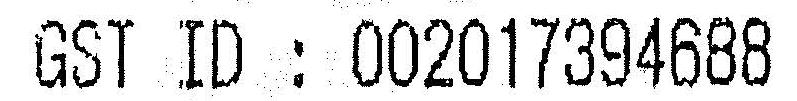
GST ID : 002017394688